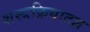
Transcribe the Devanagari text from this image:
शस्त्रक्रियातज्ञ